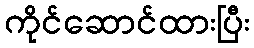
ကိုင်ဆောင်ထားပြီး